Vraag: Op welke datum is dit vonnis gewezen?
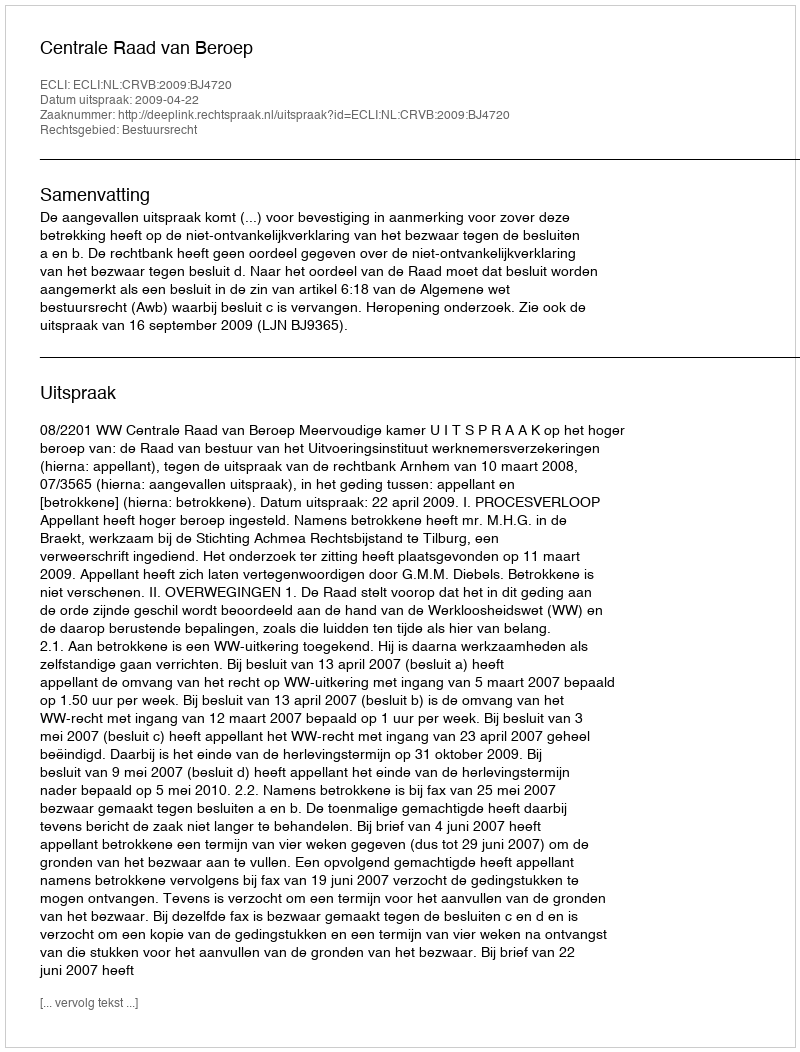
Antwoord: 2009-04-22